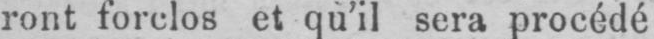
ront forclos et qu’il sera procédé